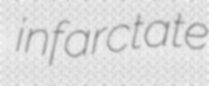
infarctate